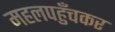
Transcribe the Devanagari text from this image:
महलपहुँचकर